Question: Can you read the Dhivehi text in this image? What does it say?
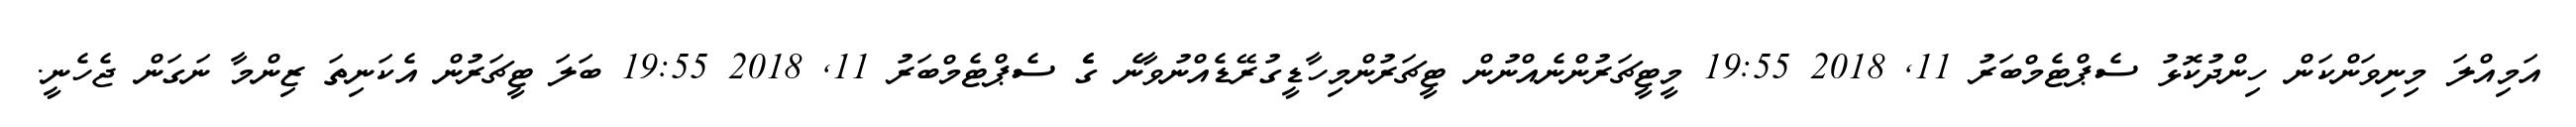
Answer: އަމިއްލަ މިނިވަންކަން ހިންދުކޮޅު ސެޕްޓެމްބަރު 11, 2018 19:55 މީޓީޗަރުންނެއްނުން ޓީޗަރުންމިހާޑީގުރޭޑެއްނުވާނެ ގެެެ ސެޕްޓެމްބަރު 11, 2018 19:55 ބަލަ ޓީޗަރުން އެކަނިތަ ޒިންމާ ނަގަން ޖެހެނީ.